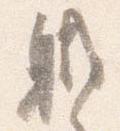
職